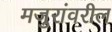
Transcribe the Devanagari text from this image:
मजुरांवरील